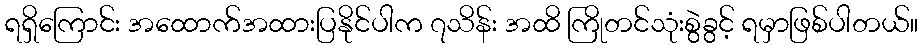
ရရှိကြောင်း အထောက်အထားပြနိုင်ပါက ၇သိန်း အထိ ကြိုတင်သုံးစွဲခွင့် ရမှာဖြစ်ပါတယ်။